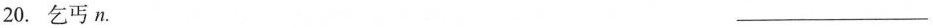
20.乞丐n. ___